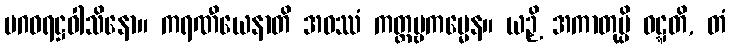
မဂဓရဋ္ဌဝါသိနော။ ကရဏီယေနာတိ အဝဿံ ကတ္တဗ္ဗကမ္မေန။ ယဉှိ အကာတုမ္ပိ ဝဋ္ဋတိ, တံ